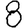
Digit: 8